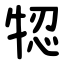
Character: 㸾